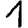
Digit: 1